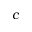
c